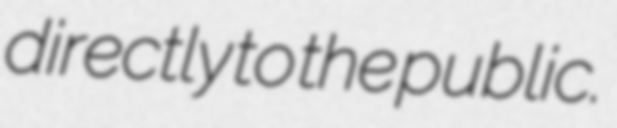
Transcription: directly to the public.